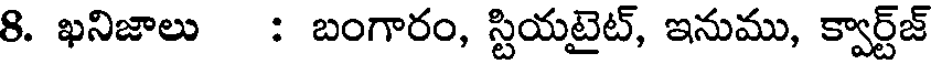
8. ఖనిజాలు : బంగారం, స్టియటైట్, ఇనుము, క్వార్ట్జ్